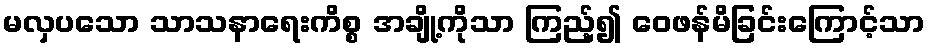
မလှပသော သာသနာရေးကိစ္စ အချို့ကိုသာ ကြည့်၍ ဝေဖန်မိခြင်းကြောင့်သာ